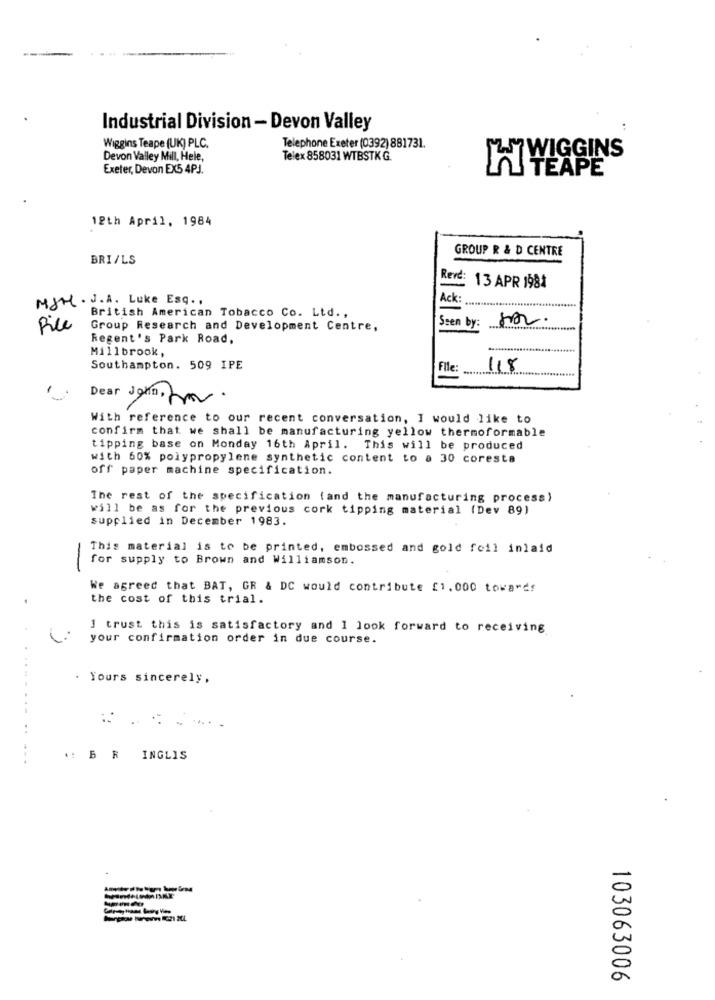
Industrial Division - Devon Valley
Wiggins Teape (UK) PLC.
Telephone Exeter (0392) 881731.
Devon Valley Mill, Hele,
Telex 858031 WTBSTK G
WIGGINS
Exeter, Devon EX5 4PJ.
Y TEAPE
12th April, 1984
GROUP R & D CENTRE
BRI/LS
Reve: 13 APR 1984
MJM . J.A. Luke Esq .,
Ack
British American Tobacco Co. Ltd .,
Ssen by:
Fice
Group Research and Development Centre,
Regent's Park Road,
Millbrook,
Southampton. 509 IPE
File
118
Dear John, for.
With reference to our recent conversation, I would like to
confirm that we shall be manufacturing yellow thermoformable
tipping base on Monday 16th April. This will be produced
with 60% polypropylene synthetic content to a 30 coresta
off paper machine specification.
The rest of the specification (and the manufacturing process)
will be as for the previous cork tipping material (Dev 89)
supplied in December 1983.
This material is to be printed, embossed and gold foil inlaid
for supply to Brown and Williamson.
We agreed that BAT, GR & DC would contribute [1.000 towards
the cost of this trial.
I trust this is satisfactory and 1 look forward to receiving
your confirmation order in due course.
. Yours sincerely,
.........
..
.: B R INGLIS
103063006